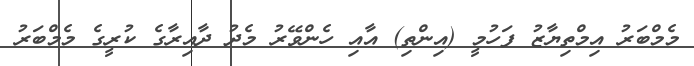
މެމްބަރު އިމްތިޔާޒު ފަހުމީ (އިންތި) އާއި ހެންވޭރު މެދު ދާއިރާގެ ކުރީގެ މެމްބަރު